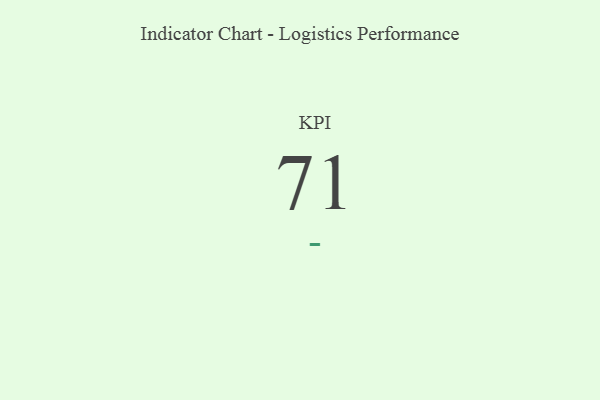
{"axis": {"x": "KPI", "y": "Value"}, "legend": [""], "data": [{"x": "KPI", "y": 71, "type": ""}]}